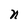
Character: n